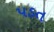
પડત